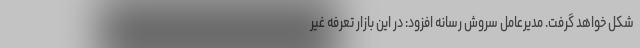
شکل خواهد گرفت. مدیرعامل سروش رسانه افزود: در این بازار تعرفه غیر